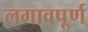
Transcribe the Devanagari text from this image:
लगावपूर्ण